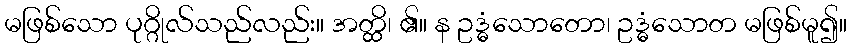
မဖြစ်သော ပုဂ္ဂိုလ်သည်လည်း။ အတ္ထိ၊ ၏။ န ဥဒ္ဓံသောတော၊ ဥဒ္ဓံသောတ မဖြစ်မူ၍။